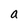
Character: a